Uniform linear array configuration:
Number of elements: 16
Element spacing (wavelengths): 0.75
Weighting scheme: kaiser
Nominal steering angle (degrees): -15
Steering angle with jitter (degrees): -16.265
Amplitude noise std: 0.05
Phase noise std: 0.05

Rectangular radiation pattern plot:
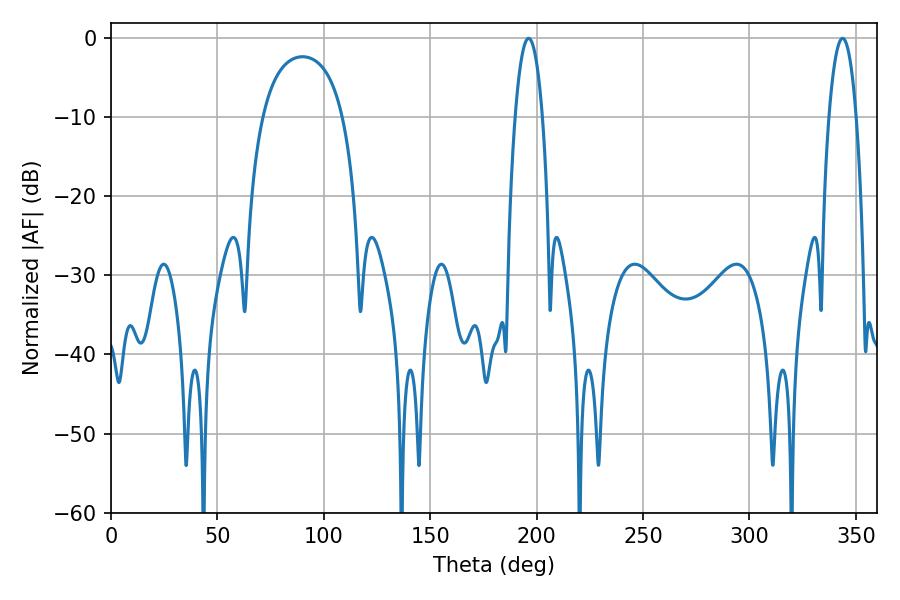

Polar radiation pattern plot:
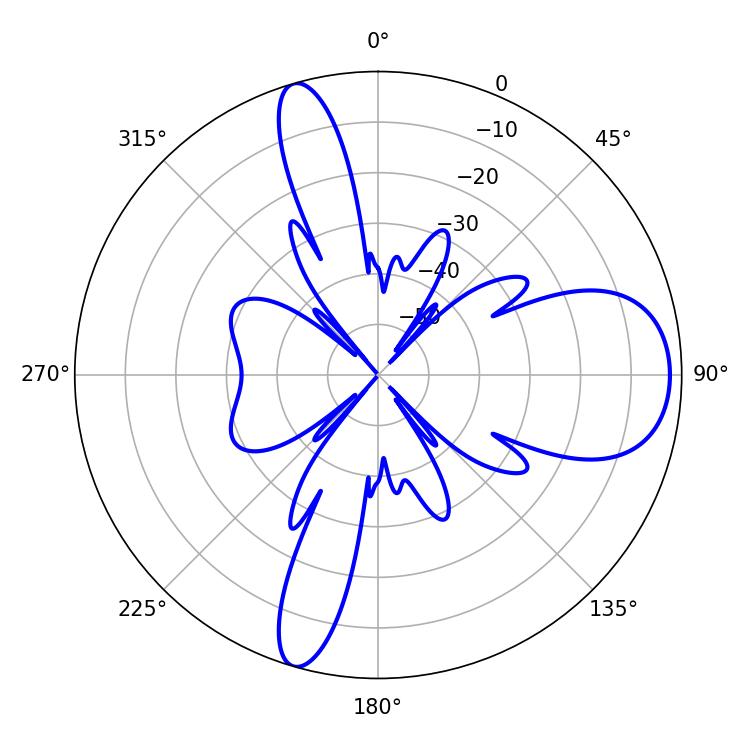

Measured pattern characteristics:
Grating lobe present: TRUE
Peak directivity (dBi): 10.253
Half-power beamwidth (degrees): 7.2
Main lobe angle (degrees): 196.2